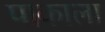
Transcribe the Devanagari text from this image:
पाकाला